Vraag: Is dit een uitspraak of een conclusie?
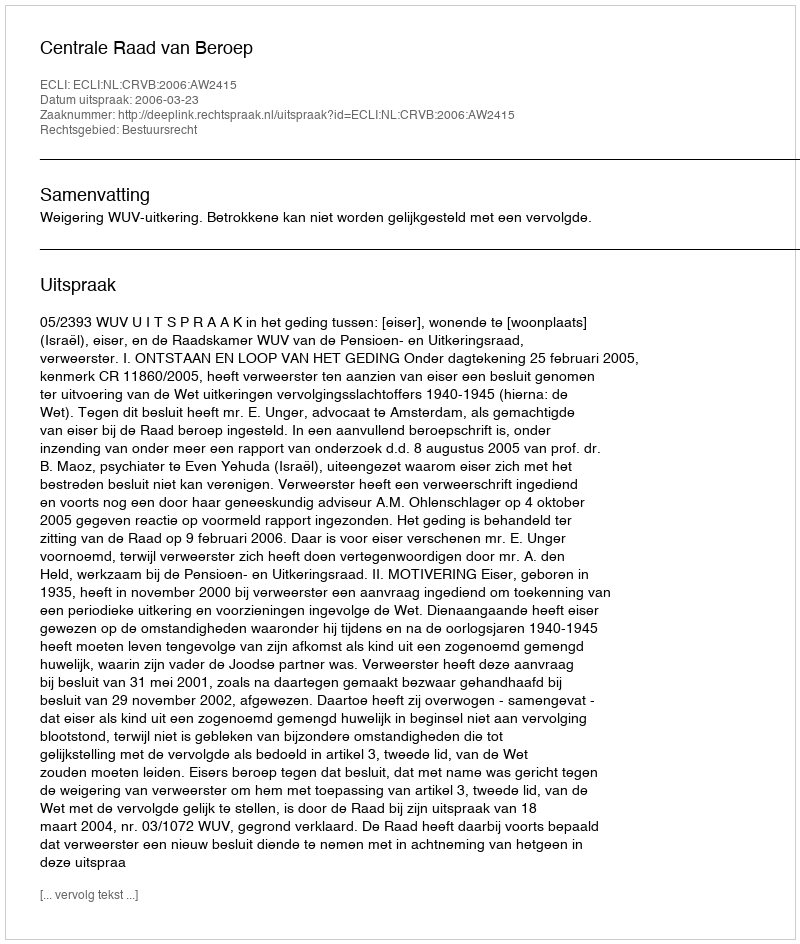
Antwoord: Uitspraak